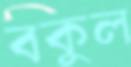
বকুল